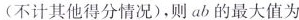
(不计其他得分情况)，则ab的最大值为